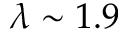
\lambda \sim 1 . 9